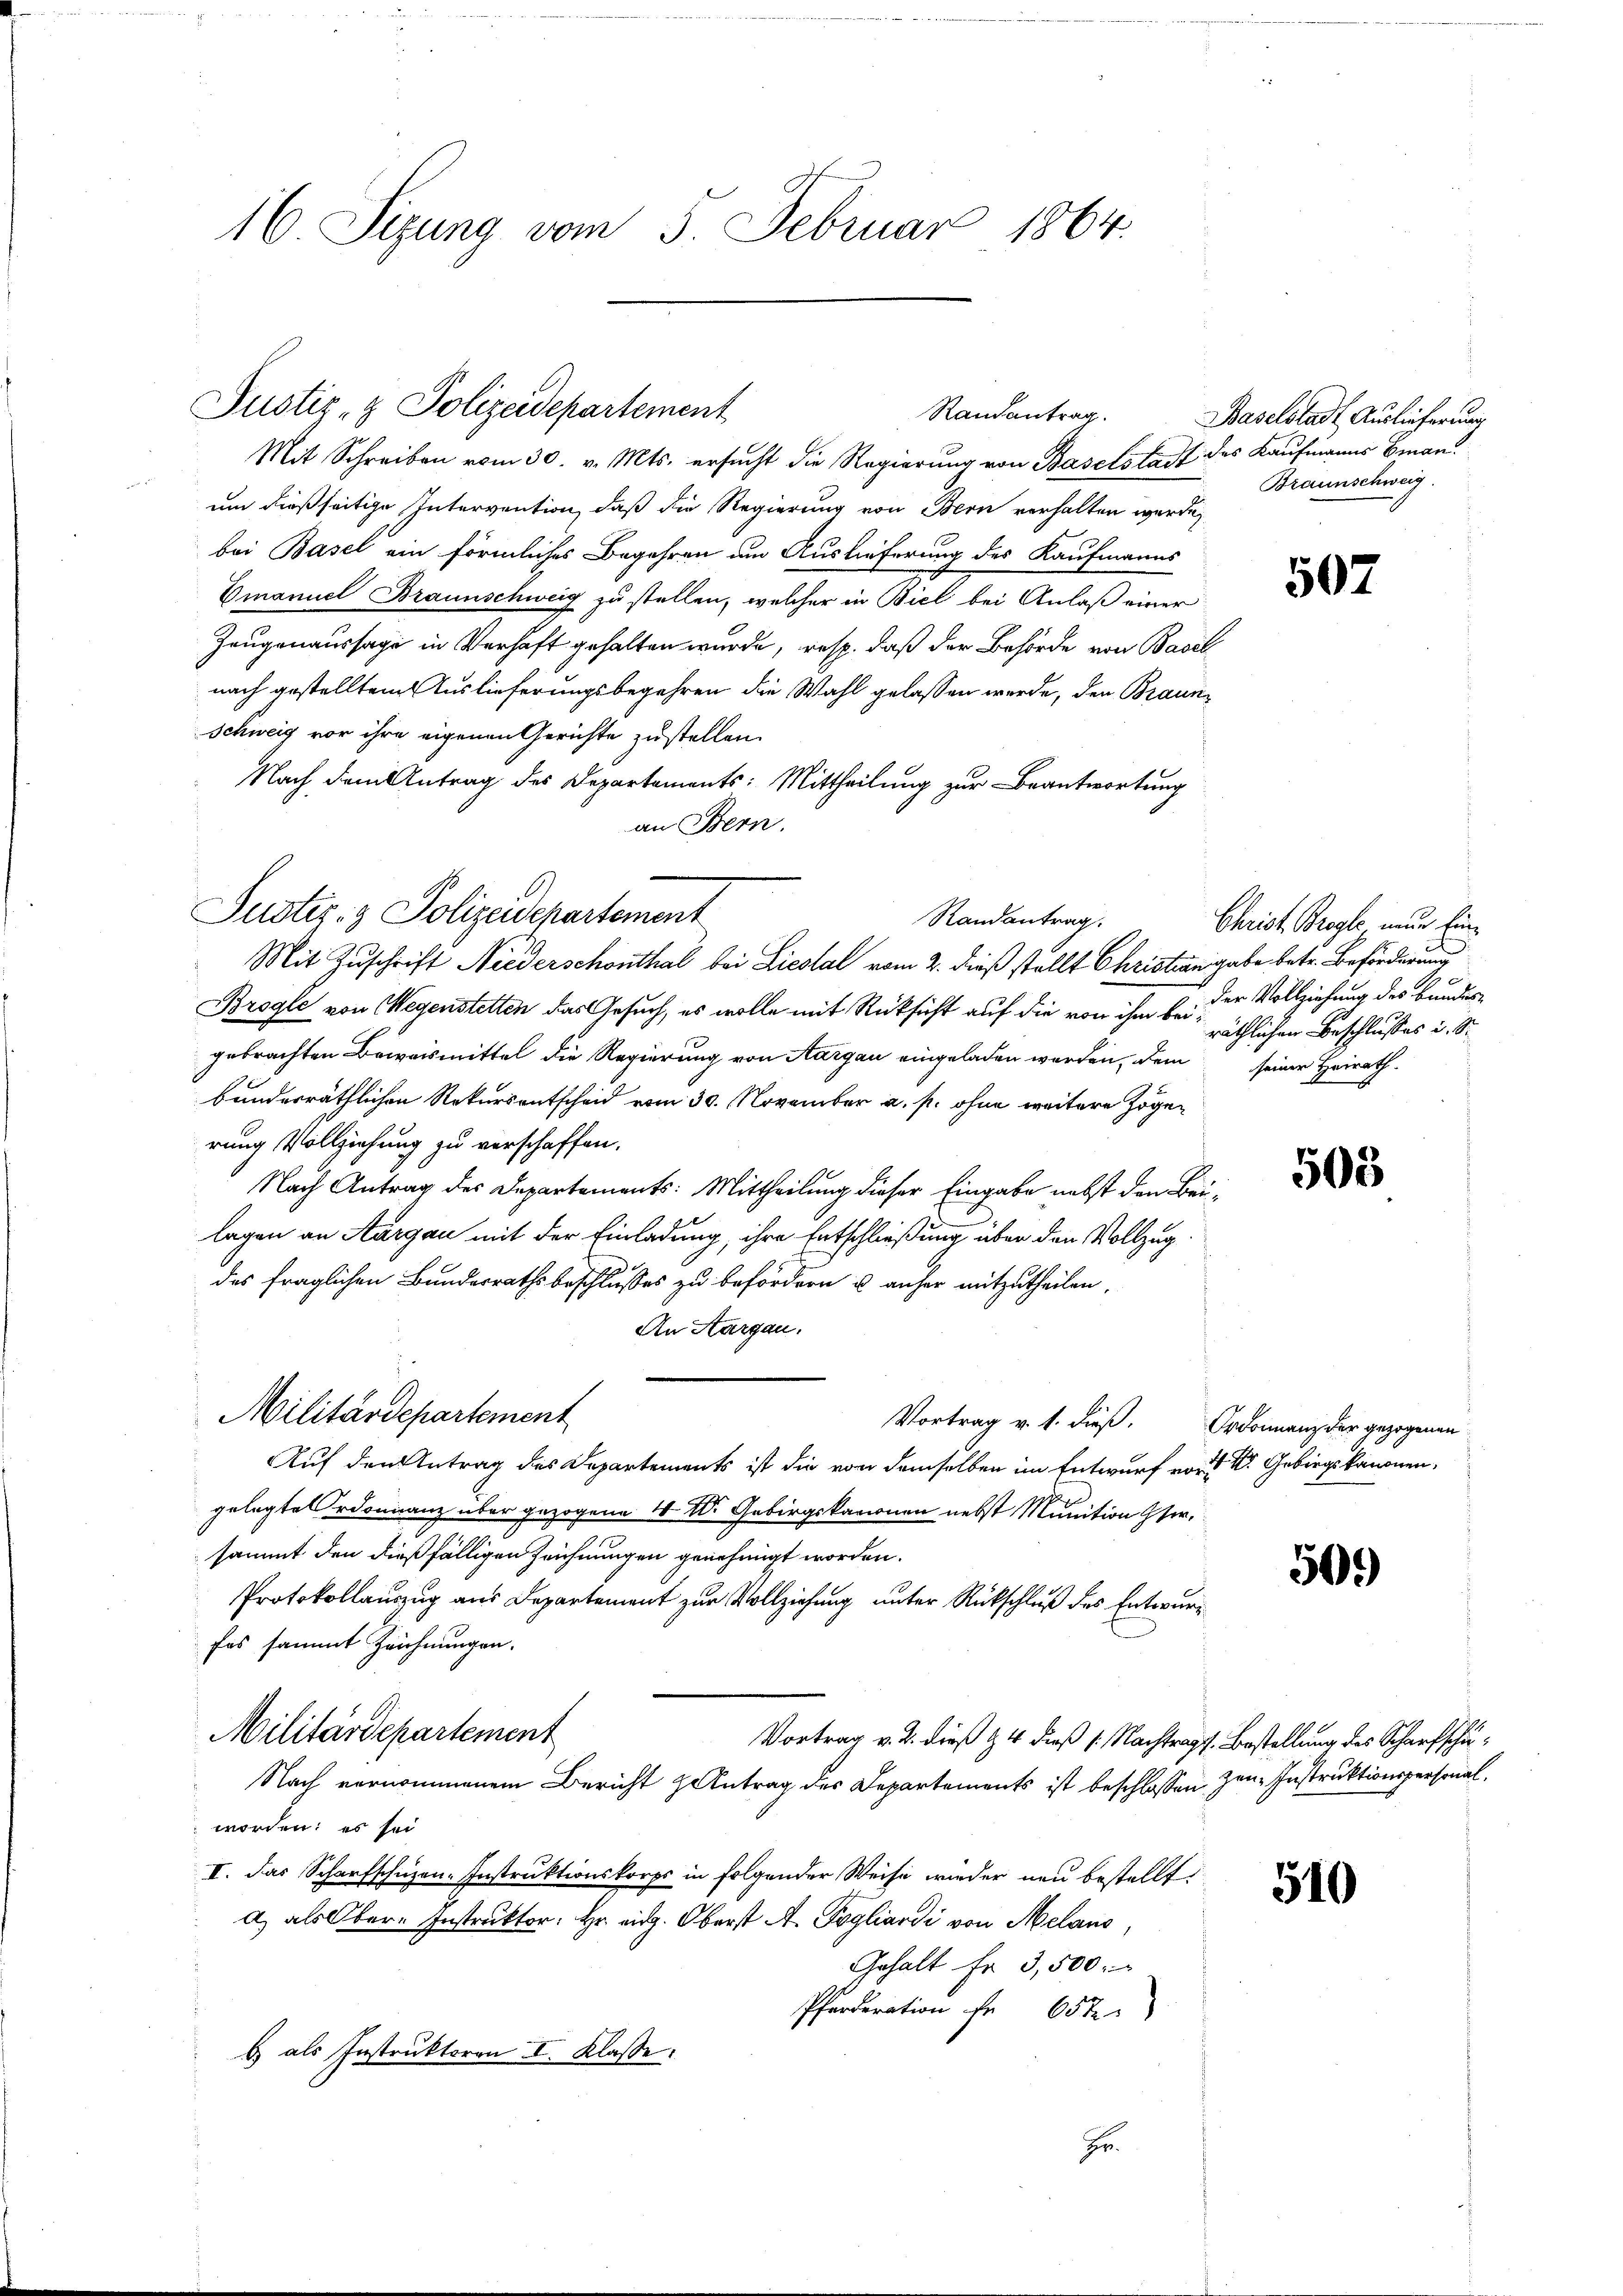
16 Sizung vom 5. Februar 1864.

Justiz- & Polizeidepartement
Randantrag.

Mit Schreiben vom 30. v. Mts. ersucht die Regierung von Baselstadt des Kaufmanns Bian
um dießseitige Intervention, daß die Regierung von Bern verhalten werde,
bei Basel ein förmliches Begehren am Auslieferung des Kaufmanns
Emanuel Braunschweig zu stellen, welcher in Biel bei Anlaß einer
Zeugenaussage in Verhaft gehalten wurde, resp. daß der Behörde von Basel
nach gestelltem Auslieferungsbegehren die Wahl gelassen werde, den Braun¬
Schweig vor ihre eigenen Gerichte zustellen.
Nach dem Antrag des Departements: Mittheilung zur Beantwortung
an Bern.

Justiz- & Polizeidepartement
Randantrag.
Mit Zuschrift Niederschonthal bei Liestal vom 2. dieß stellt Christian gabe betr. Beförderung

Militärdepartement

Brogle von Wegenstetten das Gesuch, es wolle mit Rücksicht auf die von ihm bei sittlichen Beschlusses u. S.
gebrachten Beweismittel die Regierung von Aargau eingeladen werden, dem seiner Heirath.
bundesräthlichen Rekursentscheid vom 30. November a. p. ohne weitere Zögerung Vollziehung zu verschaffen.
Nach Antrag des Departements: Mittheilung dieser Eingabe nebst den Beilagen an Aargau mit der Einladung, ihre Entschließung über den Vollzug
5
des fraglichen Bundesrathsbeschlusses zu befordern u anher mitzutheilen,
An Aargau.
Vortrag v. 1. dieß. Ordonnanz der gezogenen
Auf den Antrag des Departements ist die von demselben im Entwurf von der Gebirgskanonen,
gelegterdonnanz über gezogene 4 l. Gebirgskanonen nebst Munition Hersammt den dießfälligen Zeichnungen genehmigt worden.
Protokollauszug aus Departement zur Vollziehung unter Rückschluß des Entwurf
fes sammt Zeichnungen.
Militärdepartement
Vortrag v. 2. dieß & 4 dieß 1: Nachtragt. Bestellung des Scharfschu¬
Nach vernommenem Bericht Antrag des Departements ist beschlossen Zen-Instruktionspersonal,
worden; es sei
I. Das Scharfschüzen-Instruktionskorps in folgender Weise wieder neu bestellt.
a als Ober-Instruktor Hr. eid. Oberst A. Pogliandi von Meland,
Gehalt fr. 3,500.
Pferderation fr 65 x
b als Instruktoren I. Klasse.
Hr.

Baselstadt Auslieferung
Braunschweig

507

Christ Brogle, nur Ein¬
Der Vollziehung des Bundes

503

50.)

510